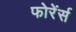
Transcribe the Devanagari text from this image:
फोरेंर्स